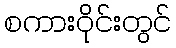
စကားဝိုင်းတွင်